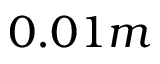
0 . 0 1 m